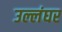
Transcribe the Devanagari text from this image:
उल्लंघर